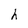
Character: h